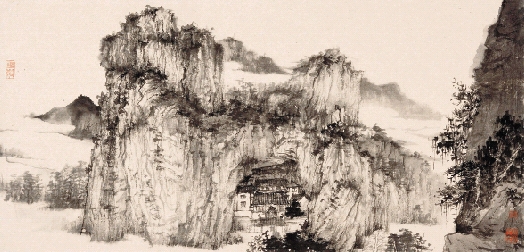
出不入兮往不反，平原忽兮路超远。